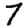
Digit: 7